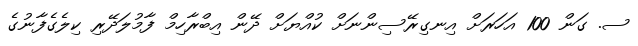
ސ. ގަން 100 އަހަރަށް އިނގިރޭސިންނަށް ކުއްޔަށް ދޭން އިބްރާހިމް ފާމުލަދޭރި ކިލެގެފާނުގެ